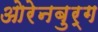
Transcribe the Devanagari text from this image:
ओरेनबुर्ग